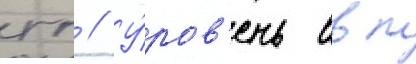
гг // У́ров'ень ввп